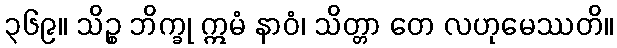
၃၆၉။ သိဉ္စ ဘိက္ခု ဣမံ နာဝံ၊ သိတ္တာ တေ လဟုမေဿတိ။